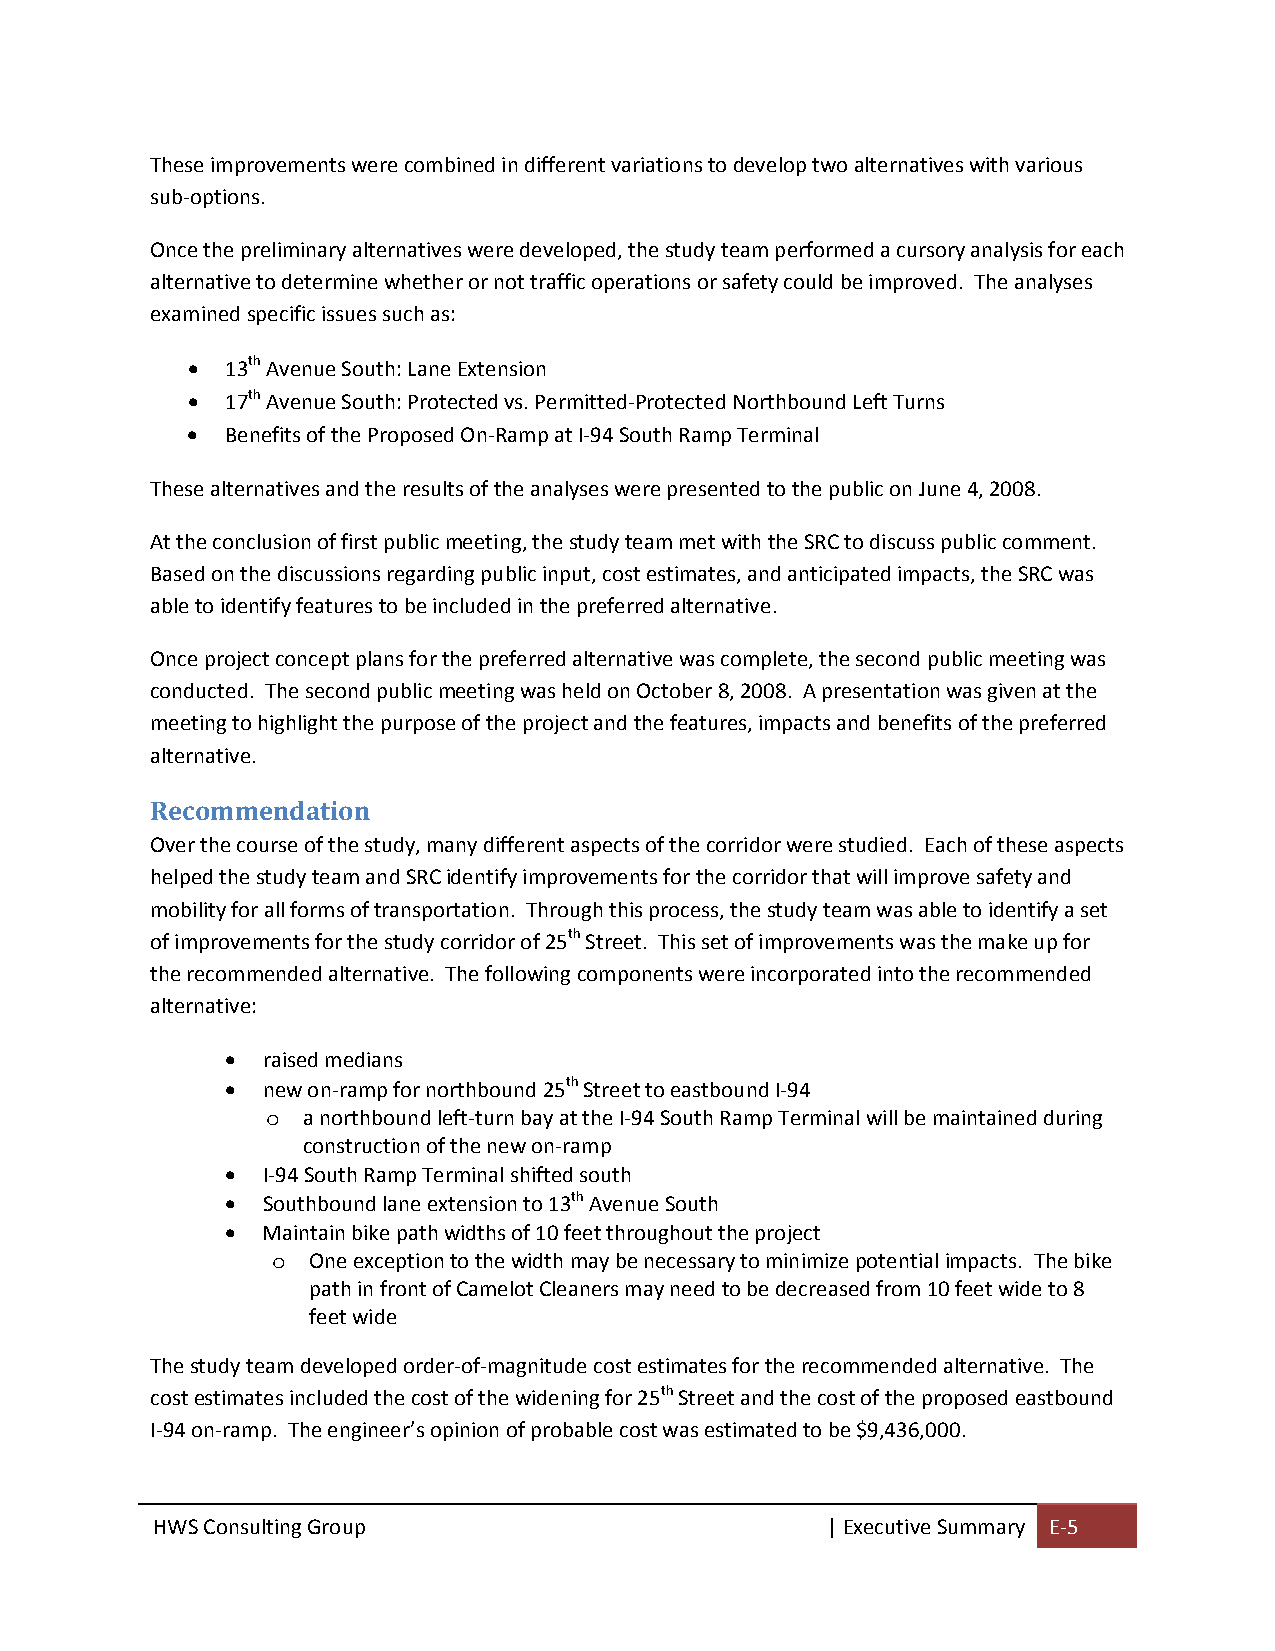
These improvements were combined in different variations to develop two alternatives with various
 sub‐options.
 Once the preliminary alternatives were developed, the study team performed a cursory analysis for each
 alternative to determine whether or not traffic operations or safety could be improved. The analyses
 examined specific issues such as:
   13th Avenue South: Lane Extension
   17th Avenue South: Protected vs. Permitted‐Protected Northbound Left Turns
   Benefits of the Proposed On‐Ramp at I‐94 South Ramp Terminal
 These alternatives and the results of the analyses were presented to the public on June 4, 2008.
 At the conclusion of first public meeting, the study team met with the SRC to discuss public comment.
 Based on the discussions regarding public input, cost estimates, and anticipated impacts, the SRC was
 able to identify features to be included in the preferred alternative.
 Once project concept plans for the preferred alternative was complete, the second public meeting was
 conducted. The second public meeting was held on October 8, 2008. A presentation was given at the
 meeting to highlight the purpose of the project and the features, impacts and benefits of the preferred
 alternative.
 Recommendation
 Over the course of the study, many different aspects of the corridor were studied. Each of these aspects
 helped the study team and SRC identify improvements for the corridor that will improve safety and
 mobility for all forms of transportation. Through this process, the study team was able to identify a set
 of improvements for the study corridor of 25th Street. This set of improvements was the make up for
 the recommended alternative. The following components were incorporated into the recommended
 alternative:
  raised medians
  new on‐ramp for northbound 25th Street to eastbound I‐94
 o a northbound left‐turn bay at the I‐94 South Ramp Terminal will be maintained during
 construction of the new on‐ramp
  I‐94 South Ramp Terminal shifted south
  Southbound lane extension to 13th Avenue South
  Maintain bike path widths of 10 feet throughout the project
 o One exception to the width may be necessary to minimize potential impacts. The bike
 path in front of Camelot Cleaners may need to be decreased from 10 feet wide to 8
 feet wide
 The study team developed order‐of‐magnitude cost estimates for the recommended alternative. The
 cost estimates included the cost of the widening for 25th Street and the cost of the proposed eastbound
 I‐94 on‐ramp. The engineer’s opinion of probable cost was estimated to be $9,436,000.
 HWS Consulting Group                         | Executive Summary E‐5